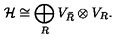
{ \cal H } \cong \bigoplus _ { R } V _ { \bar { R } } \otimes V _ { R } .